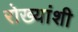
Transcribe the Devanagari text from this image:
रोख्यांशी